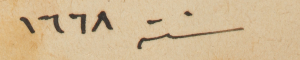
سنة ١٦٦٨